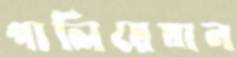
পালিয়েযান